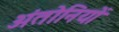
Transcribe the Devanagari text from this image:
अंतोनियों